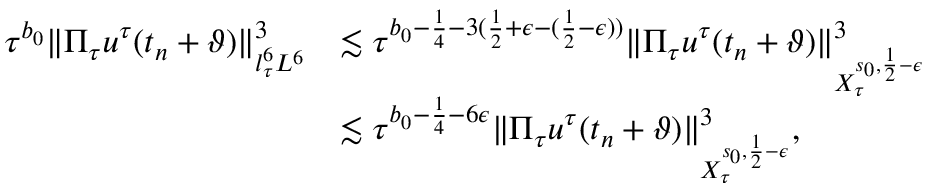
\begin{array} { r l } { \tau ^ { b _ { 0 } } \| \Pi _ { \tau } u ^ { \tau } ( t _ { n } + \vartheta ) \| _ { l _ { \tau } ^ { 6 } L ^ { 6 } } ^ { 3 } } & { \lesssim \tau ^ { b _ { 0 } - { \frac { 1 } { 4 } } - 3 ( { \frac { 1 } { 2 } } + \epsilon - ( \frac 1 2 - \epsilon ) ) } \| \Pi _ { \tau } u ^ { \tau } ( t _ { n } + \vartheta ) \| _ { X _ { \tau } ^ { s _ { 0 } , \frac 1 2 - \epsilon } } ^ { 3 } } \\ & { \lesssim \tau ^ { b _ { 0 } - { \frac { 1 } { 4 } } - 6 \epsilon } \| \Pi _ { \tau } u ^ { \tau } ( t _ { n } + \vartheta ) \| _ { X _ { \tau } ^ { s _ { 0 } , \frac 1 2 - \epsilon } } ^ { 3 } , } \end{array}